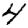
Digit: 4